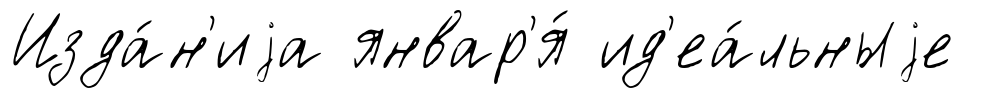
Изда́н'иjа январ'я́ ид'еа́льныjе